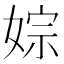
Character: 婃